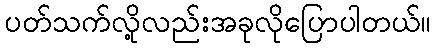
ပတ်သက်လို့လည်းအခုလိုပြောပါတယ်။